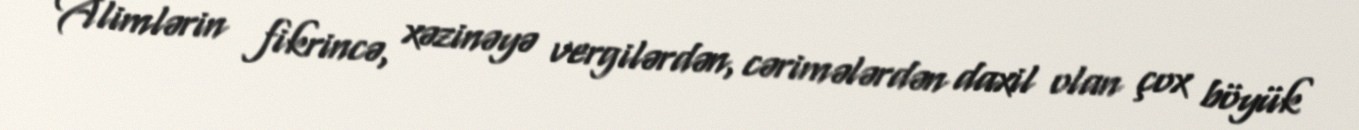
Alimlərin fikrincə, xəzinəyə vergilərdən, cərimələrdən daxil olan çox böyük